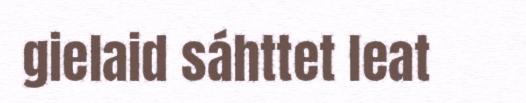
gielaid sáhttet leat